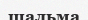
шальма